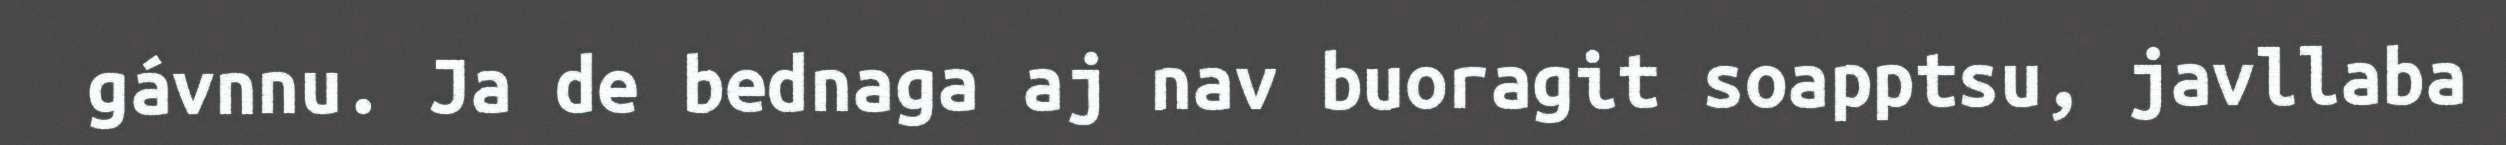
gávnnu. Ja de bednaga aj nav buoragit soapptsu, javllaba